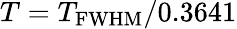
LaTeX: T=T_{\mathrm{FWHM}}/0.3641